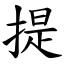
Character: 提